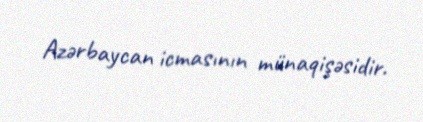
Azərbaycan icmasının münaqişəsidir.